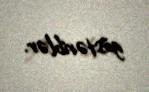
göstəriblər.